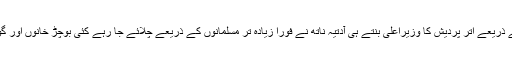
مارچ 2017 میں، بی جے پی کے ذریعے اتر پردیش کا وزیراعلیٰ بنتے ہی آدتیہ ناتھ نے فوراً زیادہ تر مسلمانوں کے ذریعے چلائے جا رہے کئی بوچڑ خانوں اور گوشت کی دکانوں پر کارروائی کی۔